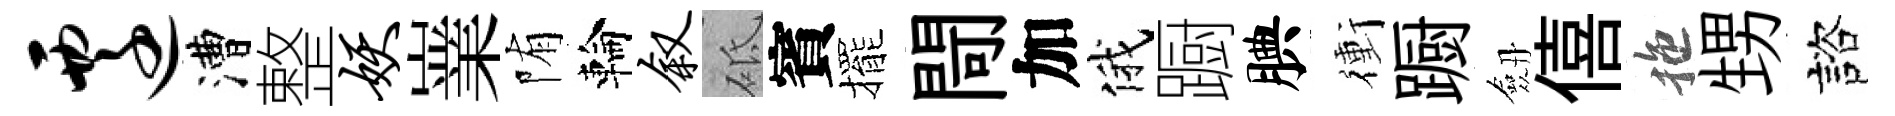
迁漕整妖嶪陏輪叙砥賓擺閜加俄蹰腆衝蹰劔僖拖甥諮